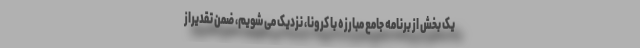
یک بخش از برنامه جامع مبارزه با کرونا، نزدیک می شویم، ضمنِ تقدیراز